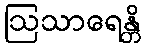
ဩသာရေန္တိ